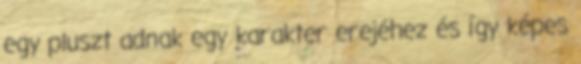
egy pluszt adnak egy karakter erejéhez és így képes